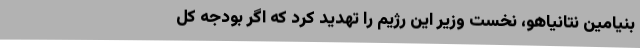
بنیامین نتانیاهو، نخست وزیر این رژیم را تهدید کرد که اگر بودجه کل